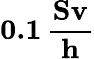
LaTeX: \boldsymbol{0.1\, \frac{\textbf{Sv}}{\textbf{h}}}